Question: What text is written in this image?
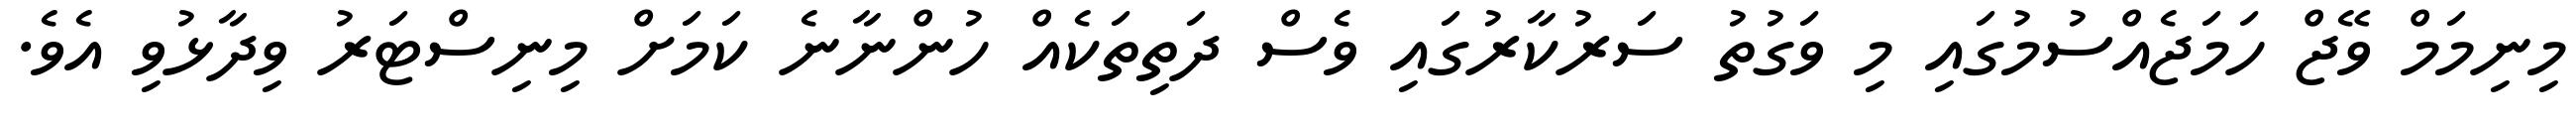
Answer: މިނިމަމް ވޭޖް ހަމަޖެއްސުމުގައި މި ވަގުތު ސަރުކާރުގައި ވެސް ދަތިތަކެއް ހުންނާނެ ކަމަށް މިނިސްޓަރު ވިދާޅުވި އެވެ.